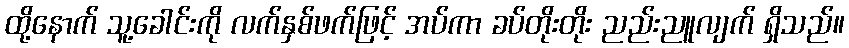
ထို့နောက် သူ့ခေါင်းကို လက်နှစ်ဖက်ဖြင့် အပ်ကာ ခပ်တိုးတိုး ညည်းညူလျက် ရှိသည်။